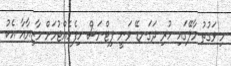
މި ވަގުތު މާލޭގައި ހުރި ދަގަނޑޭ ވަނީ ފިޓްނަސް ހިފެހެއްޓުމަށް މާޒިޔާއާ އެކު